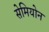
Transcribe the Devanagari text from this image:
सेमियोन